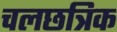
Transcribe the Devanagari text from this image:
चलछत्रिक